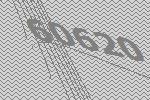
60620